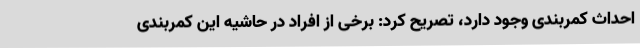
احداث کمربندی وجود دارد، تصریح کرد: برخی از افراد در حاشیه این کمربندی